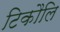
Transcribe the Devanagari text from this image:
टिकौलि